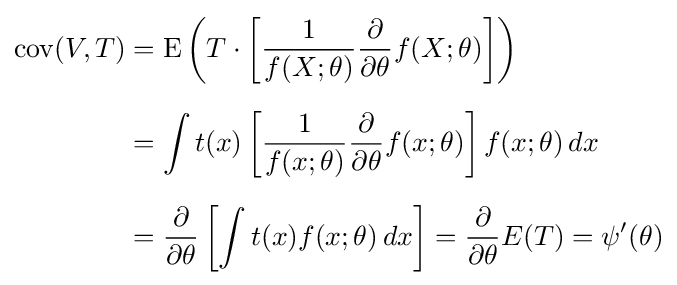
{\begin{aligned}\operatorname {cov} (V,T)&=\operatorname {E} \left(T\cdot \left[{\frac {1}{f(X;\theta )}}{\frac {\partial }{\partial \theta }}f(X;\theta )\right]\right)\\[6pt]&=\int t(x)\left[{\frac {1}{f(x;\theta )}}{\frac {\partial }{\partial \theta }}f(x;\theta )\right]f(x;\theta )\,dx\\[6pt]&={\frac {\partial }{\partial \theta }}\left[\int t(x)f(x;\theta )\,dx\right]={\frac {\partial }{\partial \theta }}E(T)=\psi ^{\prime }(\theta )\end{aligned}}